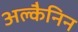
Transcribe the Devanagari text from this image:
अल्कैनिन